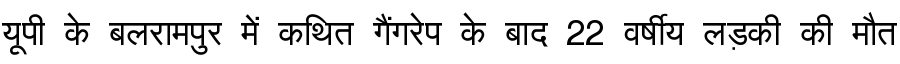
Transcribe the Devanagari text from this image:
यूपी के बलरामपुर में कथित गैंगरेप के बाद 22 वर्षीय लड़की की मौत